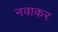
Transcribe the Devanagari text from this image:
नवाकर